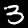
Digit: 3